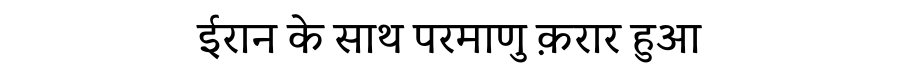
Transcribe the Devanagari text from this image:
ईरान के साथ परमाणु क़रार हुआ